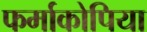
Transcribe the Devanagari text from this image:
फर्माकोपिया